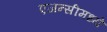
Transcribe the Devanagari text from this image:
एजन्सीमध्ये